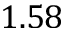
1 . 5 8